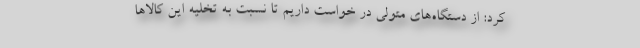
کرد: از دستگاه‌های متولی در خواست داریم تا نسبت به تخلیه این کالاها